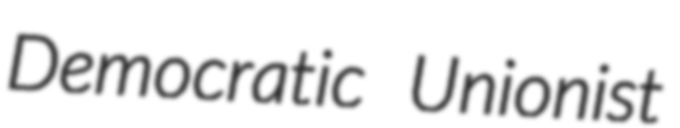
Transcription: Democratic Unionist